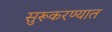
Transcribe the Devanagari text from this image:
सुरूकरण्यात